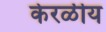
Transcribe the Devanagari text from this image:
केरळीय